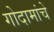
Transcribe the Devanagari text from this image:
गोदामांचे